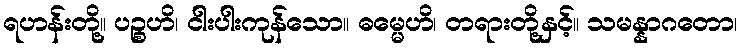
ရဟန်းတို့။ ပဉ္စဟိ၊ ငါးပါးကုန်သော။ ဓမ္မေဟိ၊ တရားတို့နှင့်။ သမန္နာဂတော၊